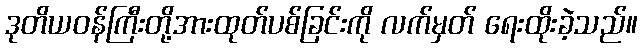
ဒုတိယဝန်ကြီးတို့အားထုတ်ပစ်ခြင်းကို လက်မှတ် ရေးထိုးခဲ့သည်။